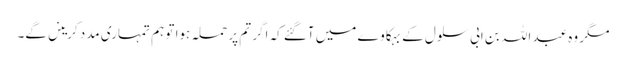
مگر وہ عبد اللہ بن ابی سلول کے بہکا وے میں آگئے کہ اگر تم پر حملہ ہوا تو ہم تمہاری مدد کرینں گے۔